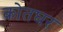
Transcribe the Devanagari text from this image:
कोतघर